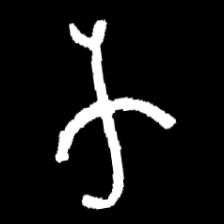
Pyu character \u2014 Myanmar letter: က (romanized: ka)